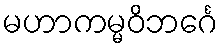
မဟာကမ္မဝိဘင်္ဂေ